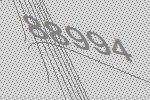
88994